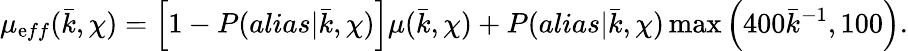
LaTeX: \mu_{\mathrm{e}ff}(\bar{{k}},\chi)=\left[1-P(alias|\bar{{k}},\chi)\right]\mu(\bar{{k}},\chi)+P(alias|\bar{{k}},\chi)\operatorname*{max}\left(400\bar{{k}}^{-1},100\right).